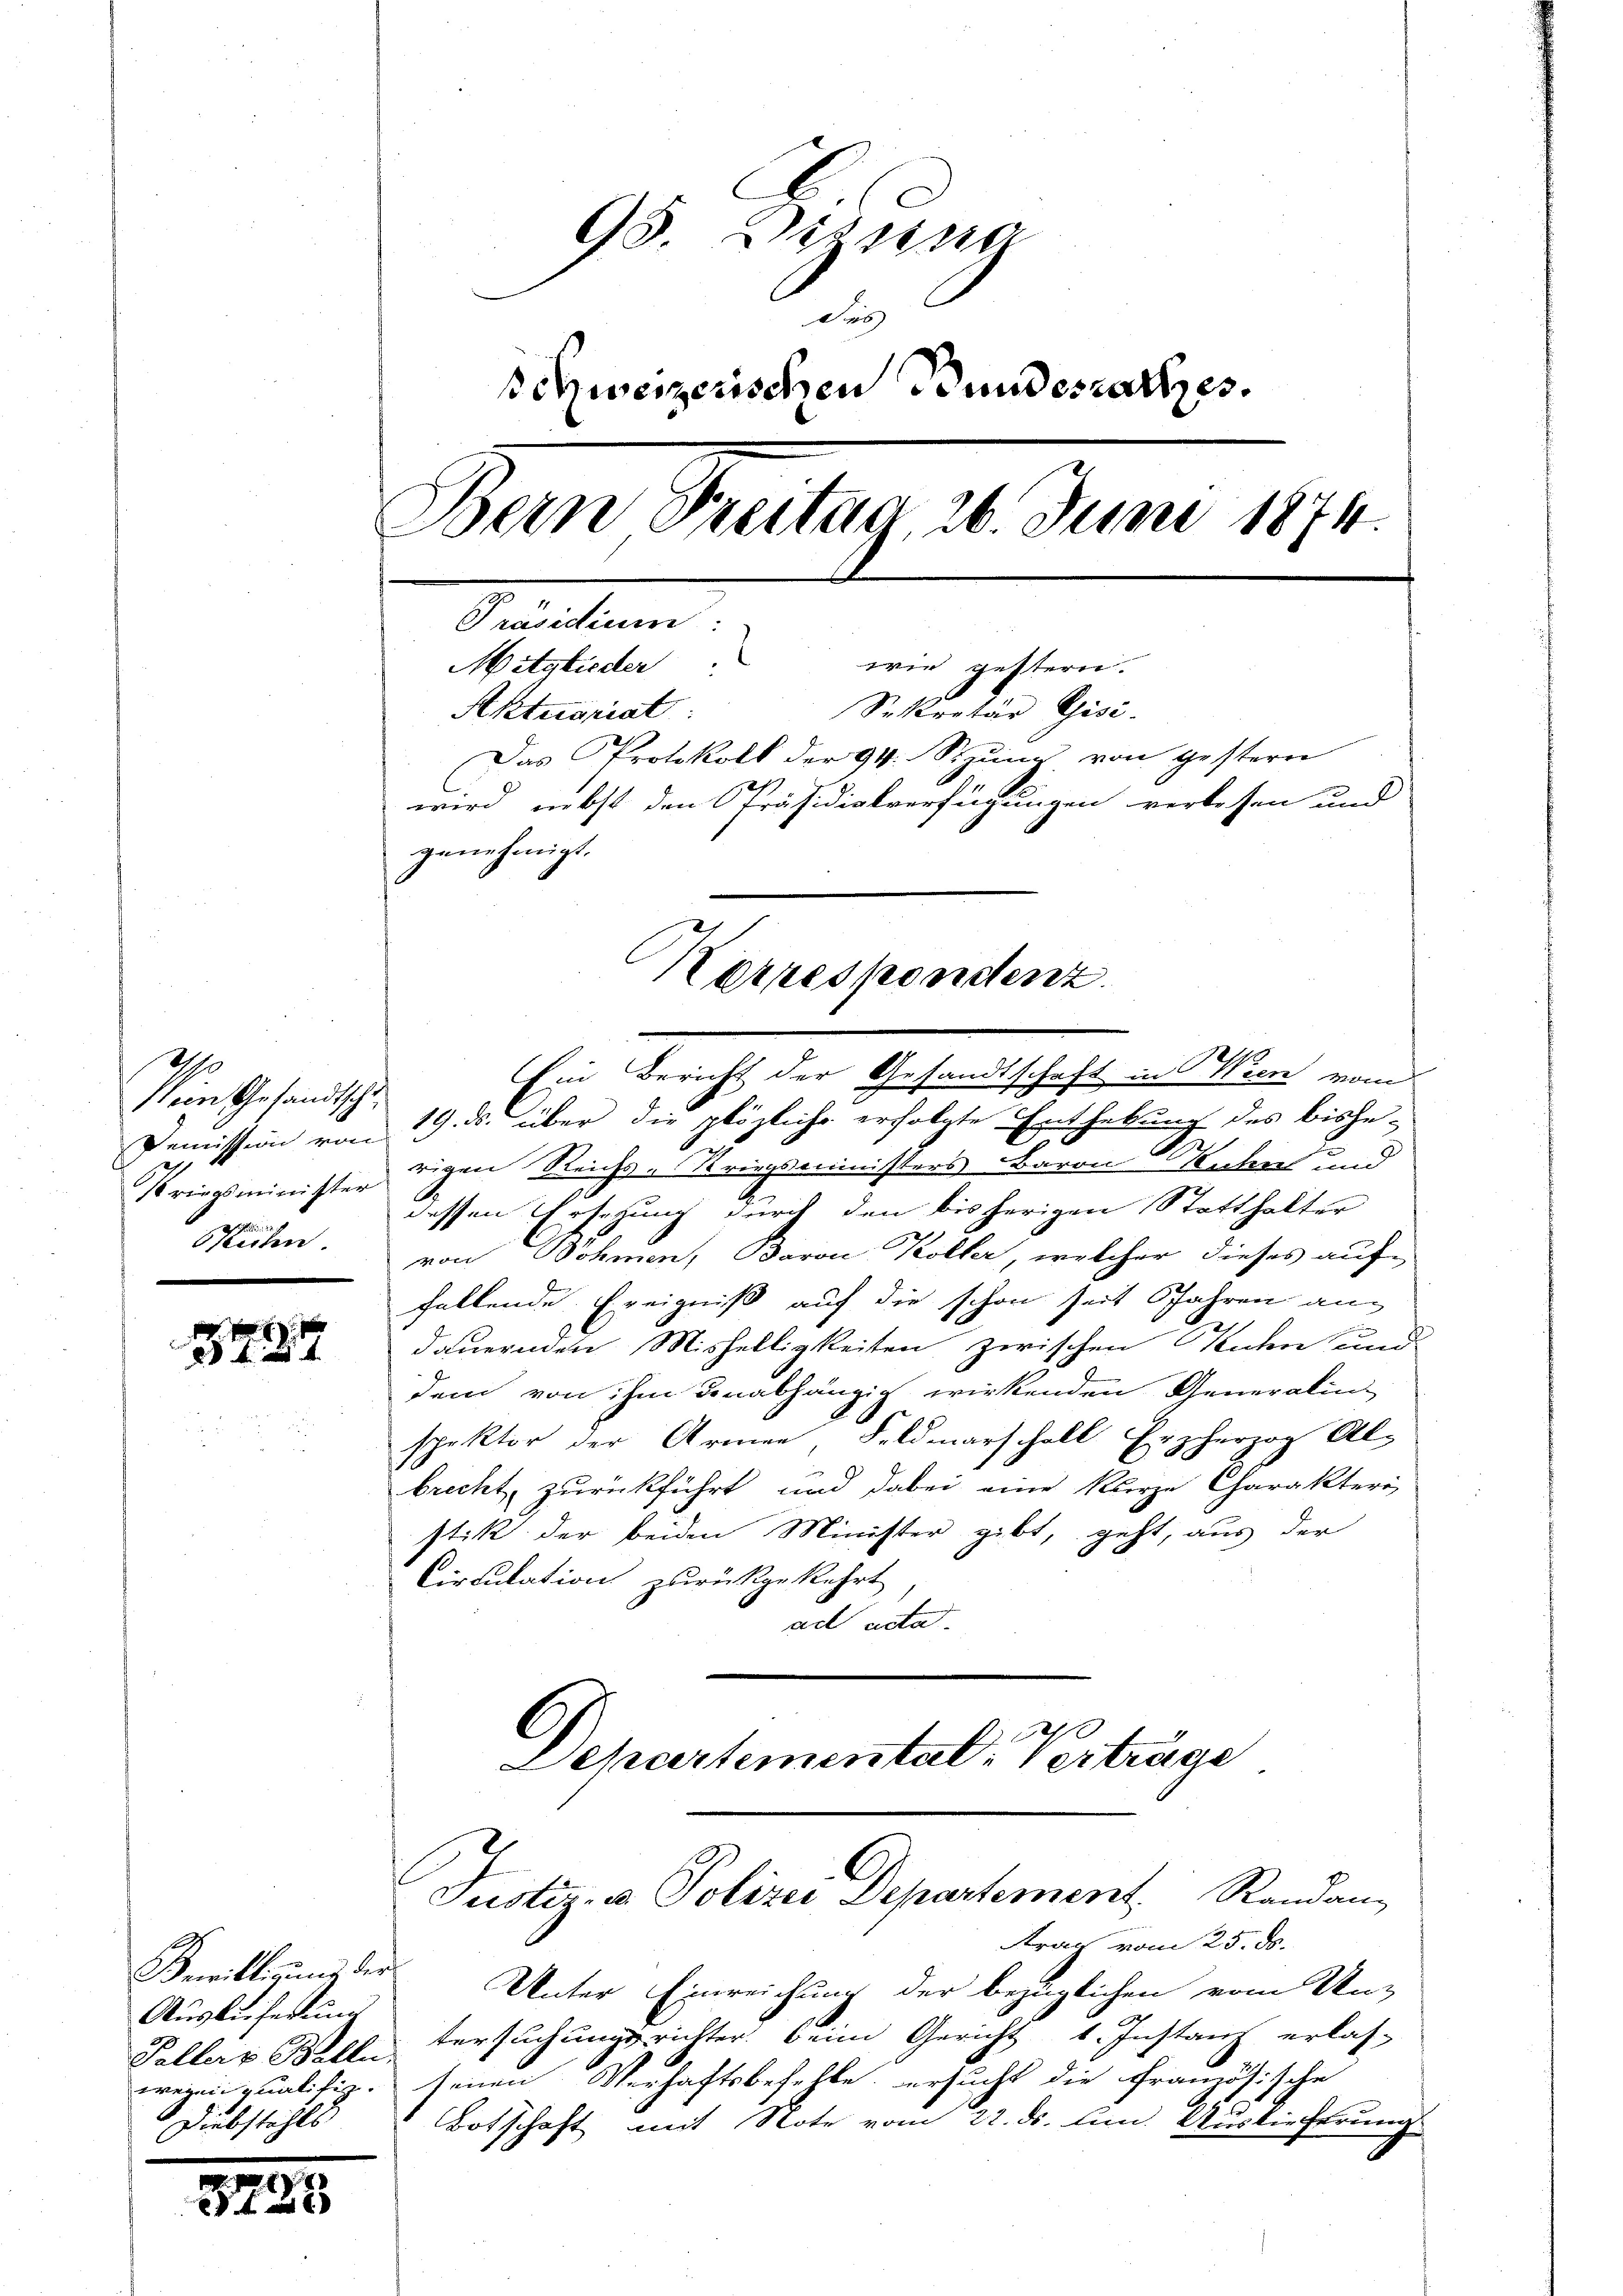
Mein Gesandtschei
Demission von
2
e
Bzlichen.

i
Be
4

Gewilligung der
Auslieferung
wegniqualifiz.
Diebstahls

37

95. Dizung
Fei
schweizerischen Bundesrathes.
Obern Freitag, 26. Juni 1874.
Präsidium:
l
Mitglieder
wie gestern.
Sekretär Chisi-
Aktuariat
Das Protokoll der 94. Sizung von gestern
wird, nebst den Präsidialverfügungen verlesen und
genehmigt.

.

Ein Bericht der Gesandtschaft in Wien vom
19. ds. über die plözliche erfolgte Enthebung des bishe-
Kriegsminister rigen Reichs-Kriegsministers Baron Sohn und
c
dessen Ersetzung durch den bisherigen Statthalter
von Böhmen, Baron Koller, welcher dieses auf-
fallende Ereigniß auf die schon seit Jahren an
dauernden Mishelligkeiten zwischen Renten und
dem von ihm unabhängig wirkenden Generalin
spektor der Armen, Feldmarschall Erzherzog Al-
brecht, zurückführt und dabei eine kurze Charakteri
stik der beiden Minister gibt, geht, aus der
Circulation zurückgekehrt
act acta.
Departemental-Vertrage

C
Korrespondenz.

Justiz- u. Polizei Departement. Randan

Straf vom 25. ds.
Unter Einreichung der bezüglichen vom Un-
Peller Belletersuchungsrichter beim Gericht 1. Instanz erlas-
senen Verhaftsbefehle, ersucht die französische
Botschaft mit Note vom 22. ds. um Auslieferung